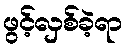
ဖွင့်လှစ်ခဲ့ရာ